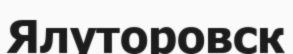
Ялуторовск